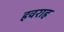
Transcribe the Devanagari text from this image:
हवराह